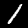
Digit: 1